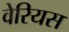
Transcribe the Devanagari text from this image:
वेरियस